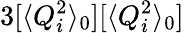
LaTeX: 3[\langle Q_{i}^{2}\rangle_{0}][\langle Q_{i}^{2}\rangle_{0}]